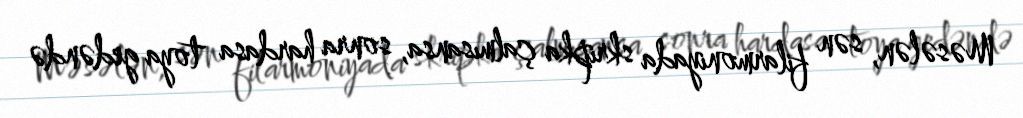
Məsələn, sən filarmoniyada skripka çalmısansa, sonra hardasa toya gedəndə